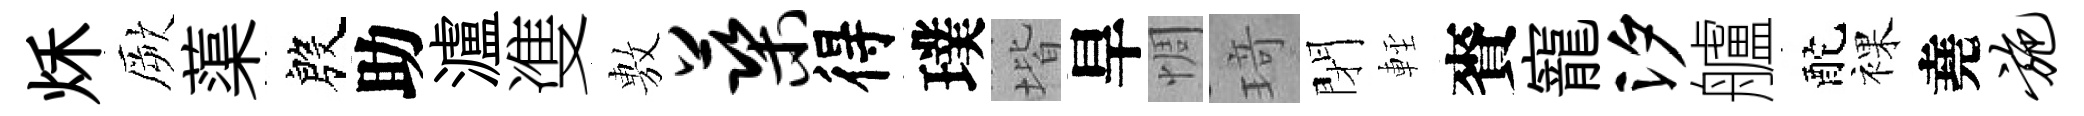
秌厥蕖殷助瀘㕠𢾾蕖得璞堦旱惆𤦺閉䡖賚寵汐艫酡裸堯施